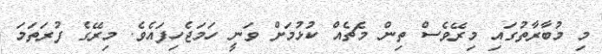
މި މުބާރާތުގައި މިރޭވެސް ތިން މެޗެއް ކުޅުމަށް ވަނީ ހަމަޖެހިފައެވެ. މިރޭގެ ފުރަތަމަ